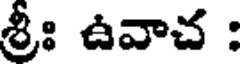
శ్రీః ఉవాచ :